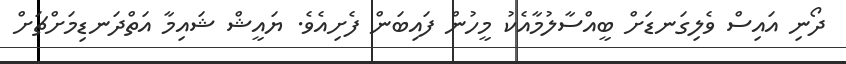
ދޯނި އައިސް ވެލިގަނޑަށް ބީއްސާލުމާއެކު މީހުން ފައިބަން ފެށިއެވެ. ޔައީޝް ޝައިމާ އަތްދަނޑިމަށްޗަށް